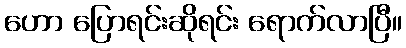
ဟော ပြောရင်းဆိုရင်း ရောက်လာပြီ။